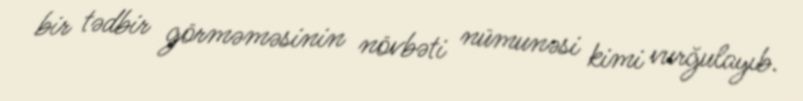
bir tədbir görməməsinin növbəti nümunəsi kimi vurğulayıb.